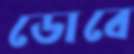
ডোবে